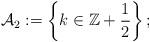
LaTeX: \begin{align*}\mathcal{A}_2:=\left\{k\in\mathbb{Z}+\frac12\right\};\end{align*}